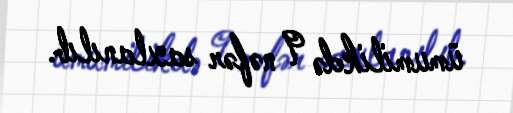
ümumilikdə 9 nəfər saxlanılıb.